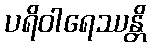
ပရိဝါရေဿန္တိ